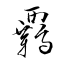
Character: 覊